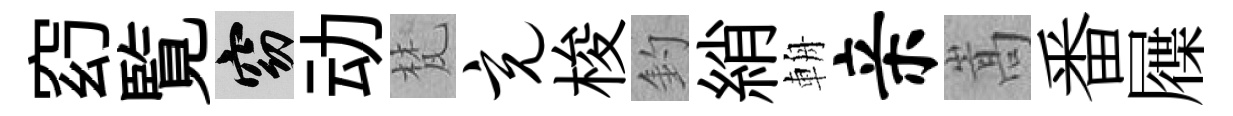
𥥆覧窈动梵充梭釣綃輈亲嵩番屧